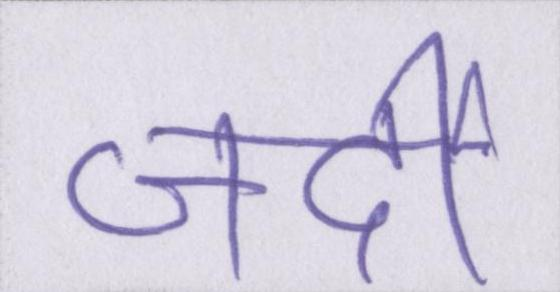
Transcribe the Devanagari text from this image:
जर्दी